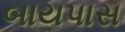
બાયપાસ